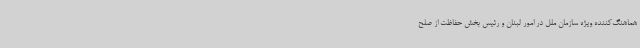
هماهنگ‌کننده ویژه سازمان ملل در امور لبنان و رئیس بخش حفاظت از صلح